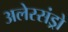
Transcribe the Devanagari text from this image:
अलेस्संड्रो